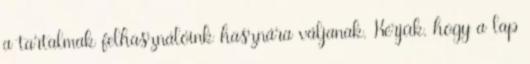
a tartalmak felhasználóink hasznára váljanak. Kérjük, hogy a lap